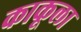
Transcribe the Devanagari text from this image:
काकूला